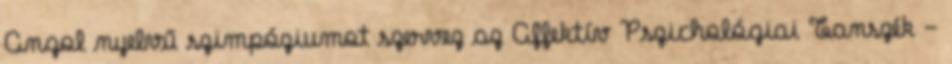
Angol nyelvű szimpóziumot szervez az Affektív Pszichológiai Tanszék -